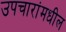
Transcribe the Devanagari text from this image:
उपचारांमधील